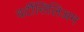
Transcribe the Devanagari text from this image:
वर्टीसिलिअम